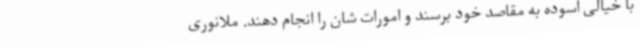
با خیالی آسوده به مقاصد خود برسند و امورات شان را انجام دهند. ملانوری